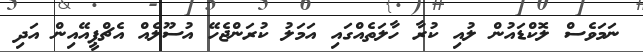
ނަމަވެސް ލޮކްޑައުން ލުއި ކުރާ ހާލަތެއްގައި އަމަލު ކުރަންޖެހޭ އުސޫލެއް އެޗްޕީއޭއިން އަދި